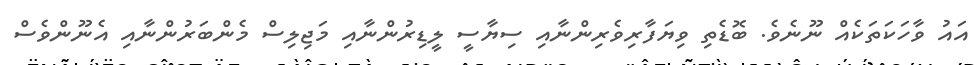
އައު ވާހަކަތަކެއް ނޫނެވެ. ބޮޑެތި ވިޔަފާރިވެރިންނާއި ސިޔާސީ ލީޑިރުންނާއި މަޖިލިސް މެންބަރުންނާއި އެނޫންވެސް